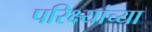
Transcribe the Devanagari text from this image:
परिक्ष्यांच्या